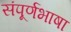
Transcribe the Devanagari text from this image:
संपूर्णभाषा